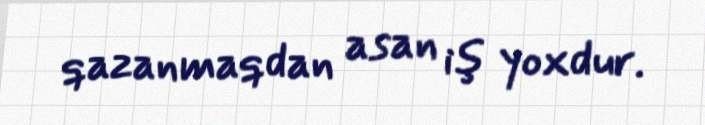
qazanmaqdan asan iş yoxdur.